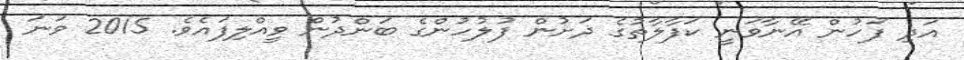
އަދި ފަހުން އޭނާވަނީ ކަފާލާތުގެ ދަށުން ފުލުހުންގެ ބަންދުން ވީއްލިފައެވެ. 2015 ވަނަ